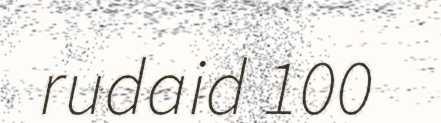
rudaid 100